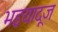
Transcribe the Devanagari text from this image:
भइयादूज